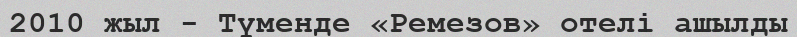
2010 жыл - Түменде «Ремезов» отелі ашылды